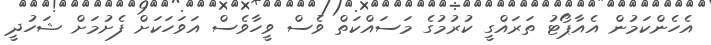
އެހެންކަމުން އެއާޕޯޓު ތަރައްގީ ކުރުމުގެ މަސައްކަތް ވެސް ވީހާވެސް އަވަހަކަށް ފެށުމަށް ޝަހުދީ